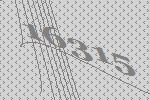
16315